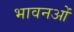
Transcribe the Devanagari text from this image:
भावनओं